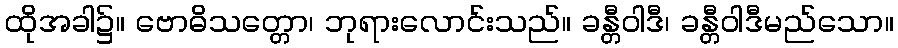
ထိုအခါ၌။ ဗောဓိသတ္တော၊ ဘုရားလောင်းသည်။ ခန္တီဝါဒီ၊ ခန္တီဝါဒီမည်သော။